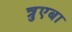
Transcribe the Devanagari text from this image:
त्रुएबा